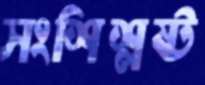
সংশিশ্লষ্ট